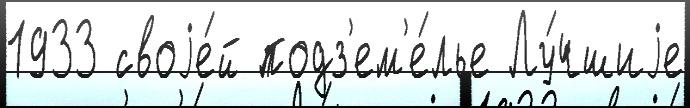
1933 своjе́й подз'ем'е́лье Лу́чшиjе